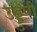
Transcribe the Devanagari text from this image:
उड्डुपी